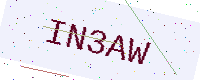
Text: IN3AW